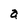
Character: a